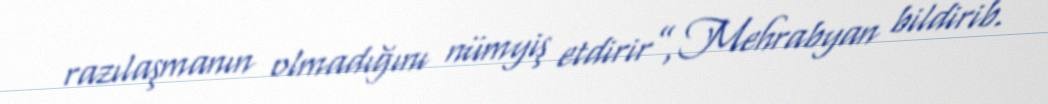
razılaşmanın olmadığını nümyiş etdirir”, Mehrabyan bildirib.